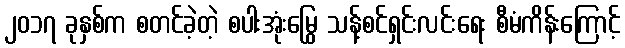
၂၀၁၇ ခုနှစ်က စတင်ခဲ့တဲ့ စပါးအုံးမြွေ သန့်စင်ရှင်းလင်းရေး စီမံကိန်းကြောင့်